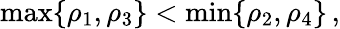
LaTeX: \begin{array}{r}{\operatorname*{max}\{ \rho_{1},\rho_{3}\} <\operatorname*{min}\{ \rho_{2},\rho_{4}\} \, ,}\end{array}